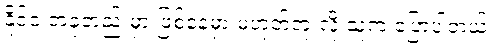
နိုင်ငံ တခုတည်းမှာ ဖြစ်နေမှာ မဟုတ်ဘူးလို့ သူက ပြောပါတယ်။